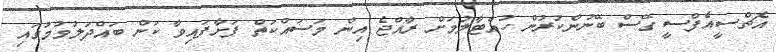
އެޗްސީއެފްސީ ގޭސް ބޭނުންކުރުން ހުއްޓާލުމަށް ރާއްޖެ އިން މަސައްކަތް ފަށާފައިވާ ކަން ބައްދަލުވުމުގައި